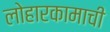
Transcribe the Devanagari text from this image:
लोहारकामाची